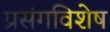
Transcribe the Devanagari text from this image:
प्रसंगविशेष